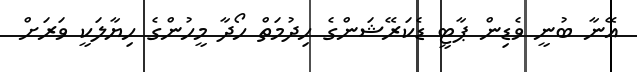
އޭނާ ބުނީ ވެޑިން ޕާޓީ ޑެކަރޭޝަންގެ ހިދުމަތް ހޯދާ މީހުންގެ ހިޔާލަކީ ވަރަށް